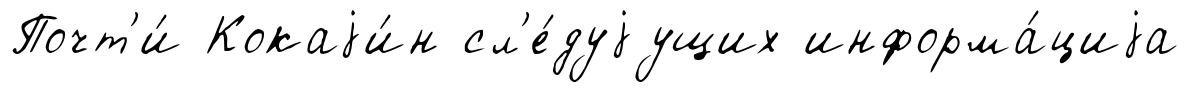
Почт'и́ Кокаjи́н сл'е́дуjущих информа́циjа